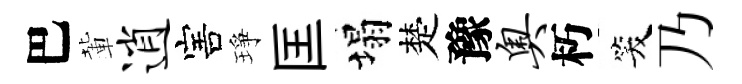
巴輩逍害琤匡塌楚豫奥朽笑乃